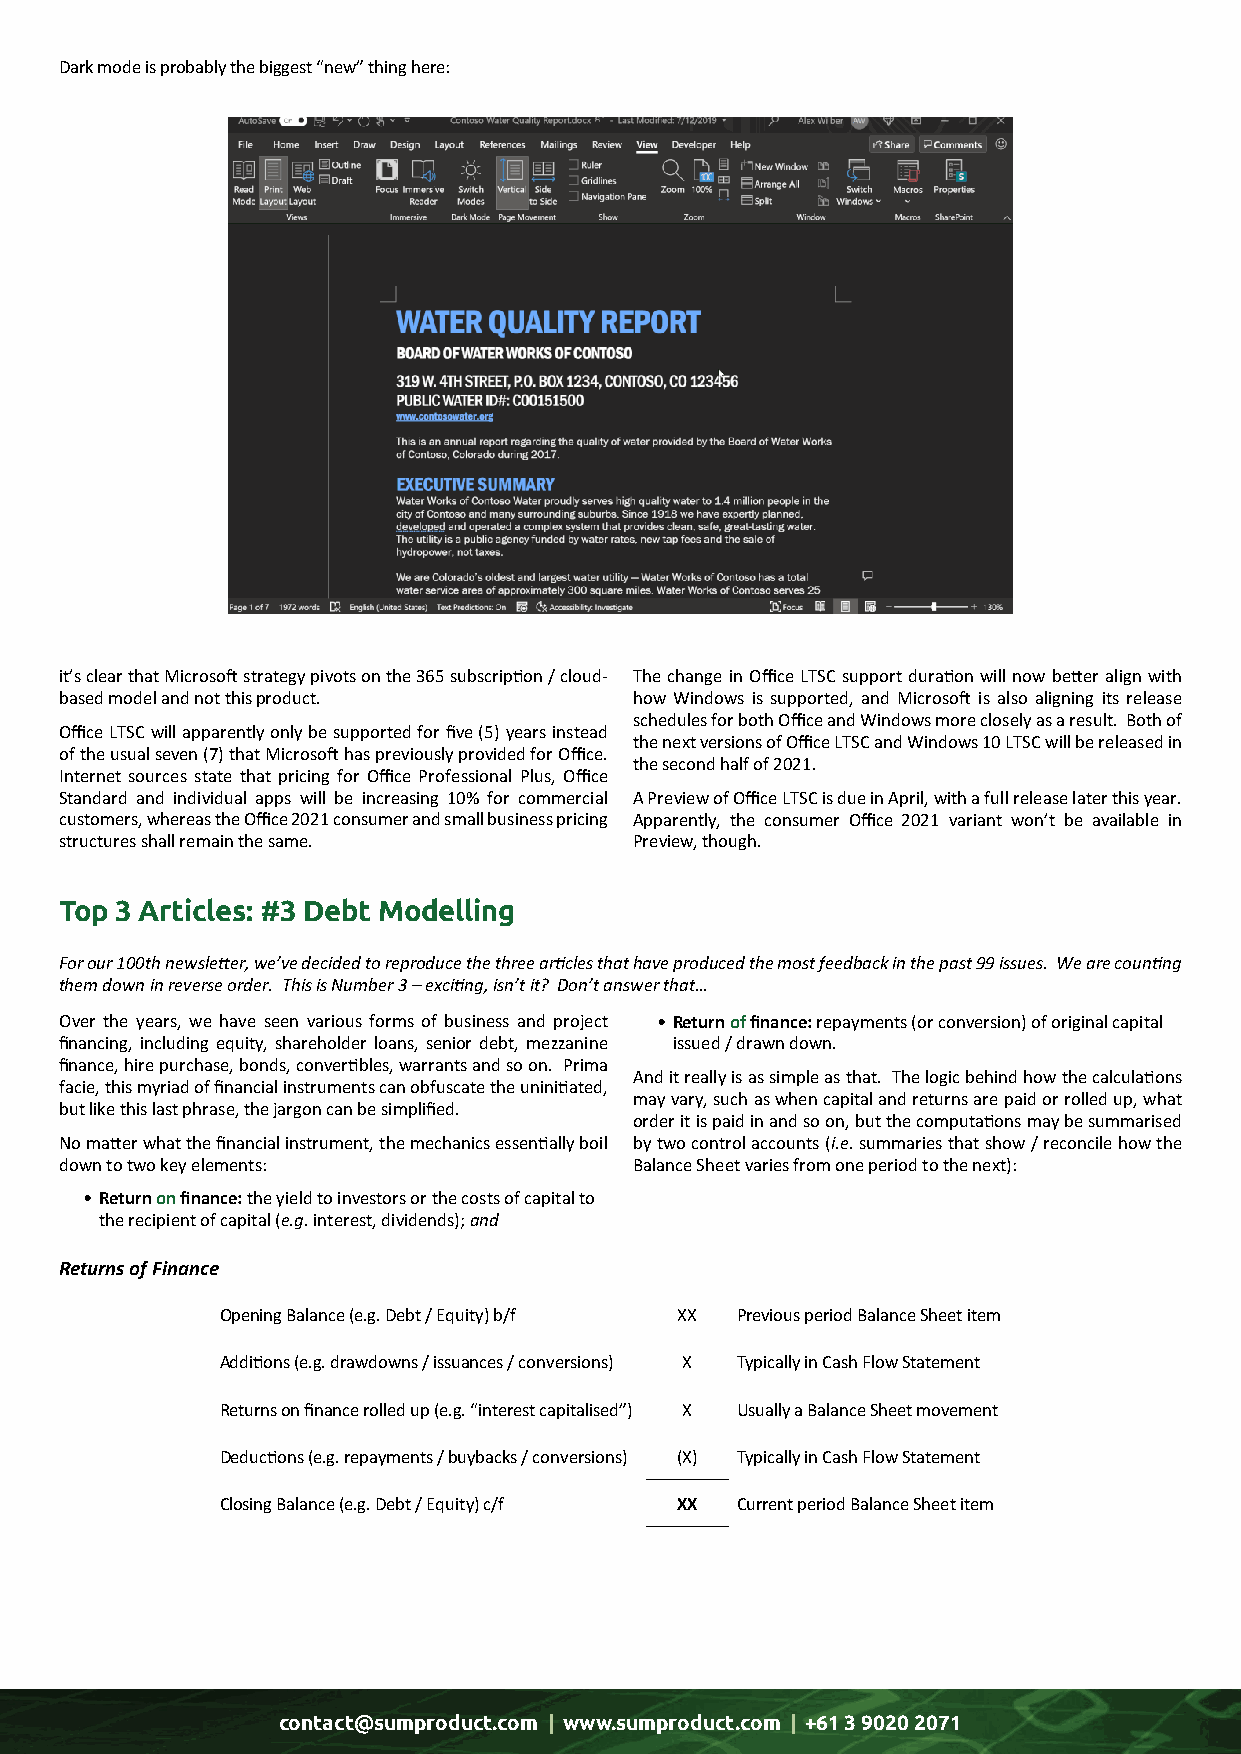
Dark mode is probably the biggest “new” thing here:
 it’s clear that Microsoft strategy pivots on the 365 subscription / cloud- The change in Office LTSC support duration will now better align with
 based model and not this product.     how Windows is supported, and Microsoft is also aligning its release
 schedules for both Office and Windows more closely as a result. Both of
 Office LTSC will apparently only be supported for five (5) years instead
 the next versions of Office LTSC and Windows 10 LTSC will be released in
 of the usual seven (7) that Microsoft has previously provided for Office.
 the second half of 2021.
 Internet sources state that pricing for Office Professional Plus, Office
 Standard and individual apps will be increasing 10% for commercial A Preview of Office LTSC is due in April, with a full release later this year.
 customers, whereas the Office 2021 consumer and small business pricing Apparently, the consumer Office 2021 variant won’t be available in
 structures shall remain the same.     Preview, though.
 Top 3 Articles: #3 Debt Modelling
 For our 100th newsletter, we’ve decided to reproduce the three articles that have produced the most feedback in the past 99 issues. We are counting
 them down in reverse order. This is Number 3 – exciting, isn’t it? Don’t answer that…
 Over the years, we have seen various forms of business and project • Return of finance: repayments (or conversion) of original capital
 financing, including equity, shareholder loans, senior debt, mezzanine issued / drawn down.
 finance, hire purchase, bonds, convertibles, warrants and so on. Prima
 And it really is as simple as that. The logic behind how the calculations
 facie, this myriad of financial instruments can obfuscate the uninitiated,
 may vary, such as when capital and returns are paid or rolled up, what
 but like this last phrase, the jargon can be simplified.
 order it is paid in and so on, but the computations may be summarised
 No matter what the financial instrument, the mechanics essentially boil by two control accounts (i.e. summaries that show / reconcile how the
 down to two key elements:             Balance Sheet varies from one period to the next):
 • Return on finance: the yield to investors or the costs of capital to
 the recipient of capital (e.g. interest, dividends); and
 Returns of Finance
 Opening Balance (e.g. Debt / Equity) b/f XX Previous period Balance Sheet item
 Additions (e.g. drawdowns / issuances / conversions) X Typically in Cash Flow Statement
 Returns on finance rolled up (e.g. “interest capitalised”) X Usually a Balance Sheet movement
 Deductions (e.g. repayments / buybacks / conversions) (X) Typically in Cash Flow Statement
 Closing Balance (e.g. Debt / Equity) c/f XX Current period Balance Sheet item
 contact@sumproduct.com | www.sumproduct.com | +61 3 9020 2071